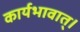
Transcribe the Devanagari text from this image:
कार्यभावात्।